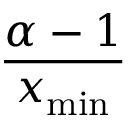
\frac { \alpha - 1 } { x _ { \operatorname* { m i n } } }